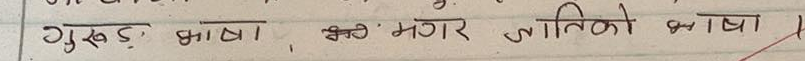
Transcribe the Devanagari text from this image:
गुरुङ भाषा , श्रेष्ठि मगर जातिको भाषा ।